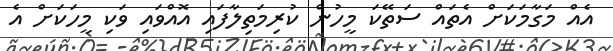
އެއް މަގާމަކަށް އެތައް ސަތޭކަ މީހުން ކުރިމަތިލާފައި އޮއްވައި ވަކި މީހަކަށް އެ